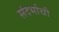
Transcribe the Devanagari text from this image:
संदर्भाची